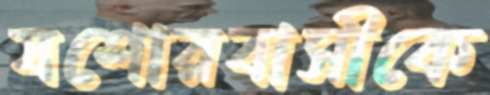
যশোরবাসীকে